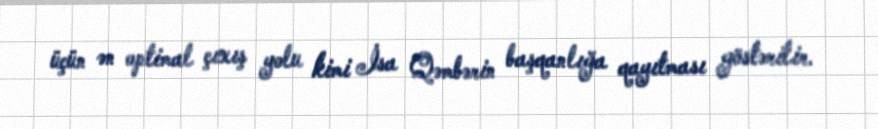
üçün ən optimal çıxış yolu kimi İsa Qəmbərin başqanlığa qayıtması göstərilir.